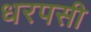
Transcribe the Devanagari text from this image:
धरपसी